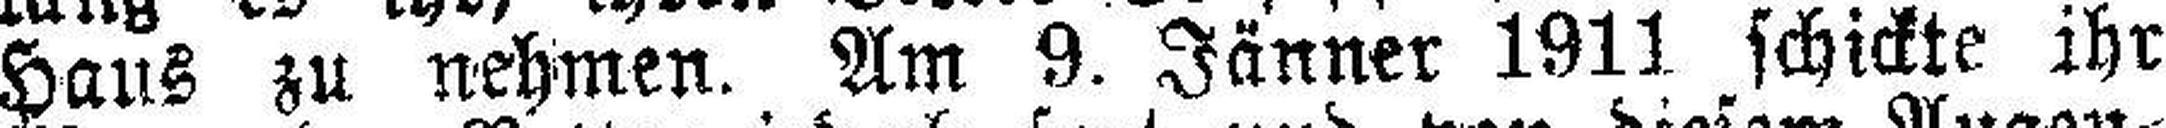
Haus zu nehmen. Am 9. Jänner 1911 schickte ihr